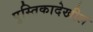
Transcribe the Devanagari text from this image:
पुस्तिकादेखील